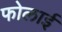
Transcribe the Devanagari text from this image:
फोलाई